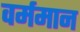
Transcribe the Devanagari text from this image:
वर्ममान